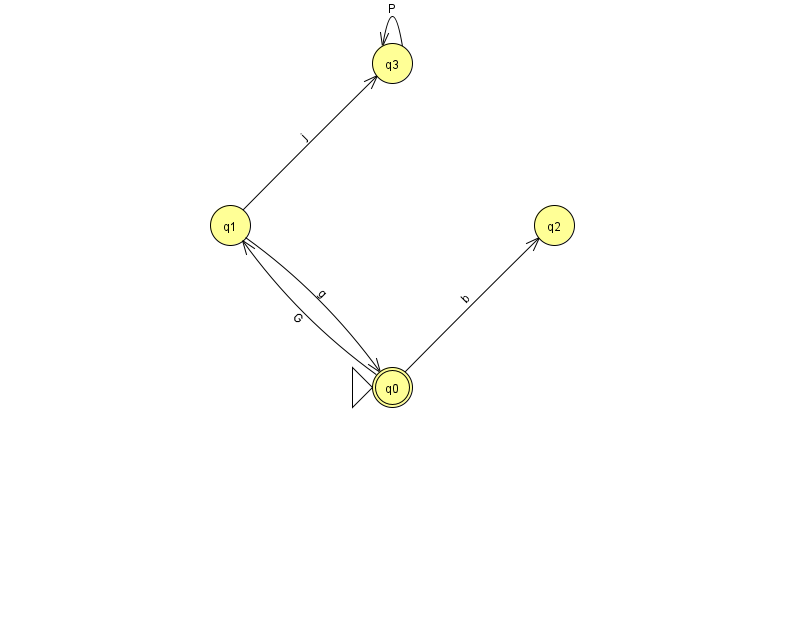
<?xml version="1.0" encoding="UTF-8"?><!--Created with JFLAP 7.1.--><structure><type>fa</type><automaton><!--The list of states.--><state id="0" name="q0"><x>392.0</x><y>374.0</y><initial/><final/></state><state id="1" name="q1"><x>230.0</x><y>212.0</y></state><state id="2" name="q2"><x>554.0</x><y>212.0</y></state><state id="3" name="q3"><x>392.0</x><y>50.0</y></state><!--The list of transitions.--><transition><from>0</from><to>2</to><read>b</read></transition><transition><from>3</from><to>3</to><read>P</read></transition><transition><from>0</from><to>1</to><read>G</read></transition><transition><from>1</from><to>0</to><read>g</read></transition><transition><from>1</from><to>3</to><read>j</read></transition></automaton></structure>